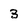
Character: 3